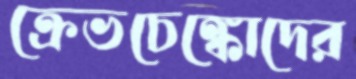
ক্রেভচেঙ্কোদের